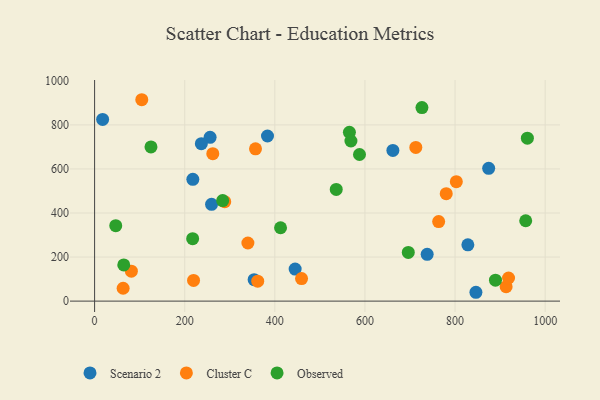
{"axis": {"x": "Ad Spend", "y": "Demand"}, "legend": ["Cluster C", "Observed", "Scenario 2"], "data": [{"x": "828.4", "y": 255.7, "type": "Scenario 2"}, {"x": "256.3", "y": 743.6, "type": "Scenario 2"}, {"x": "662.0", "y": 684.3, "type": "Scenario 2"}, {"x": "17.8", "y": 825.0, "type": "Scenario 2"}, {"x": "383.7", "y": 749.5, "type": "Scenario 2"}, {"x": "236.9", "y": 714.8, "type": "Scenario 2"}, {"x": "259.6", "y": 439.5, "type": "Scenario 2"}, {"x": "738.1", "y": 212.4, "type": "Scenario 2"}, {"x": "354.0", "y": 97.3, "type": "Scenario 2"}, {"x": "874.6", "y": 602.9, "type": "Scenario 2"}, {"x": "846.3", "y": 40.1, "type": "Scenario 2"}, {"x": "445.1", "y": 145.5, "type": "Scenario 2"}, {"x": "218.0", "y": 553.1, "type": "Scenario 2"}, {"x": "780.4", "y": 487.9, "type": "Cluster C"}, {"x": "81.6", "y": 135.8, "type": "Cluster C"}, {"x": "357.1", "y": 691.6, "type": "Cluster C"}, {"x": "340.2", "y": 263.9, "type": "Cluster C"}, {"x": "913.3", "y": 65.4, "type": "Cluster C"}, {"x": "104.7", "y": 914.3, "type": "Cluster C"}, {"x": "918.7", "y": 105.0, "type": "Cluster C"}, {"x": "362.0", "y": 90.4, "type": "Cluster C"}, {"x": "763.6", "y": 361.3, "type": "Cluster C"}, {"x": "63.3", "y": 58.4, "type": "Cluster C"}, {"x": "219.6", "y": 93.9, "type": "Cluster C"}, {"x": "288.8", "y": 451.4, "type": "Cluster C"}, {"x": "802.8", "y": 542.1, "type": "Cluster C"}, {"x": "712.9", "y": 697.7, "type": "Cluster C"}, {"x": "459.3", "y": 102.2, "type": "Cluster C"}, {"x": "262.3", "y": 669.4, "type": "Cluster C"}, {"x": "46.9", "y": 342.3, "type": "Observed"}, {"x": "412.7", "y": 333.1, "type": "Observed"}, {"x": "125.1", "y": 700.1, "type": "Observed"}, {"x": "587.9", "y": 665.7, "type": "Observed"}, {"x": "956.8", "y": 364.9, "type": "Observed"}, {"x": "696.2", "y": 221.1, "type": "Observed"}, {"x": "284.2", "y": 456.5, "type": "Observed"}, {"x": "64.7", "y": 164.4, "type": "Observed"}, {"x": "889.7", "y": 95.1, "type": "Observed"}, {"x": "217.6", "y": 283.3, "type": "Observed"}, {"x": "565.5", "y": 766.4, "type": "Observed"}, {"x": "536.3", "y": 507.2, "type": "Observed"}, {"x": "960.5", "y": 739.6, "type": "Observed"}, {"x": "568.9", "y": 726.8, "type": "Observed"}, {"x": "726.5", "y": 878.8, "type": "Observed"}]}